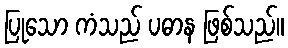
ပြုသော ကံသည် ပဓာန ဖြစ်သည်။